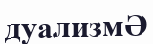
дуализмӘ